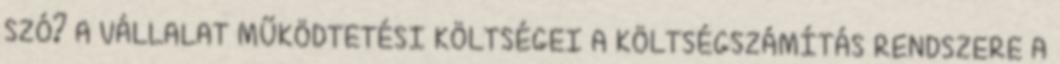
SZÓ? A VÁLLALAT MŰKÖDTETÉSI KÖLTSÉGEI A KÖLTSÉGSZÁMÍTÁS RENDSZERE A